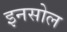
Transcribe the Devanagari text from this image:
इनसोल